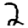
Digit: 2